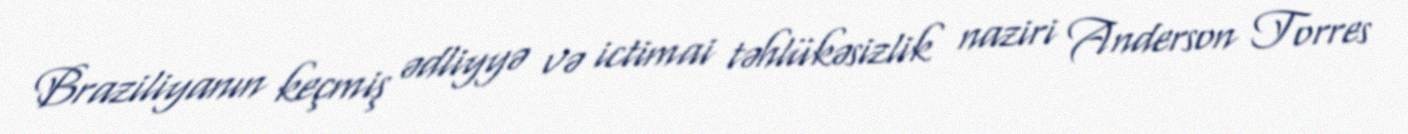
Braziliyanın keçmiş ədliyyə və ictimai təhlükəsizlik naziri Anderson Torres